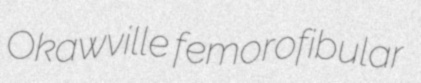
Okawville femorofibular